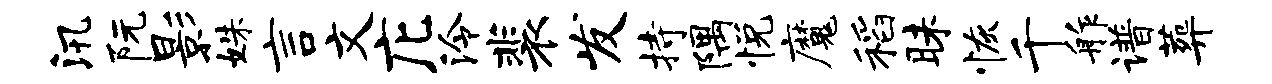
汛阮影姝言文庀泠裴发持隅悦魔稻昧恢千舴谱葬